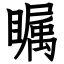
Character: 瞩